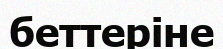
беттеріне